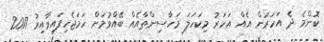
ކޮންމެ ދެ އަހަރުން އެއް އަހަރު މިކަހަލަ މަހާސިންތާއެއް ބޭއްވުމަށް ހަމަޖެހިފައިވާއިރު 2017